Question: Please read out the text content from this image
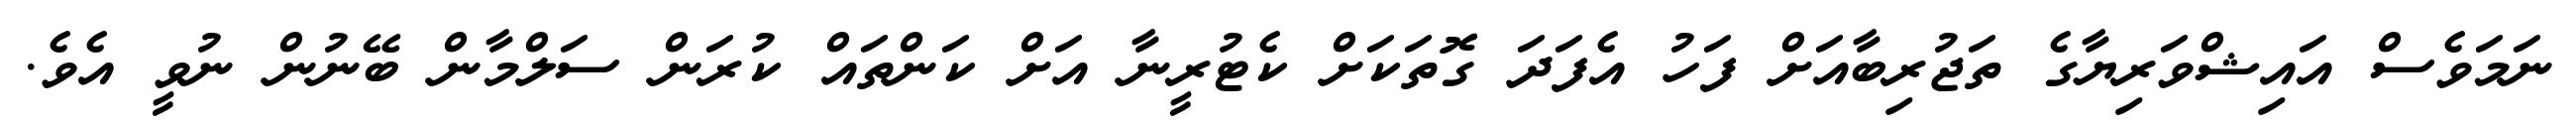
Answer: ނަމަވެސް އައިޝްވަރިޔާގެ ތަޖުރިބާއަށް ފަހު އެފަދަ ގޮތަކަށް ކެޓުރީނާ އަށް ކަންތައް ކުރަން ސަލްމާން ބޭނުން ނުވީ އެވެ.